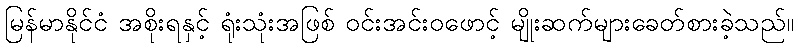
မြန်မာနိုင်ငံ အစိုးရနှင့် ရုံးသုံးအဖြစ် ဝင်းအင်းဝဖောင့် မျိုးဆက်များခေတ်စားခဲ့သည်။